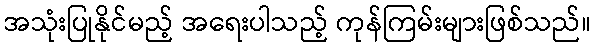
အသုံးပြုနိုင်မည့် အရေးပါသည့် ကုန်ကြမ်းများဖြစ်သည်။